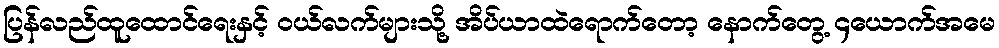
ပြန်လည်ထူထောင်ရေးနှင့် ဝယ်လက်များသို့ အိပ်ယာထဲရောက်တော့ နောက်တွေ့ ၄ယောက်အမေ